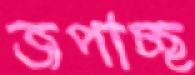
জপাচ্ছ